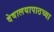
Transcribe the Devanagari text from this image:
देवालयापाठच्या